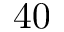
4 0